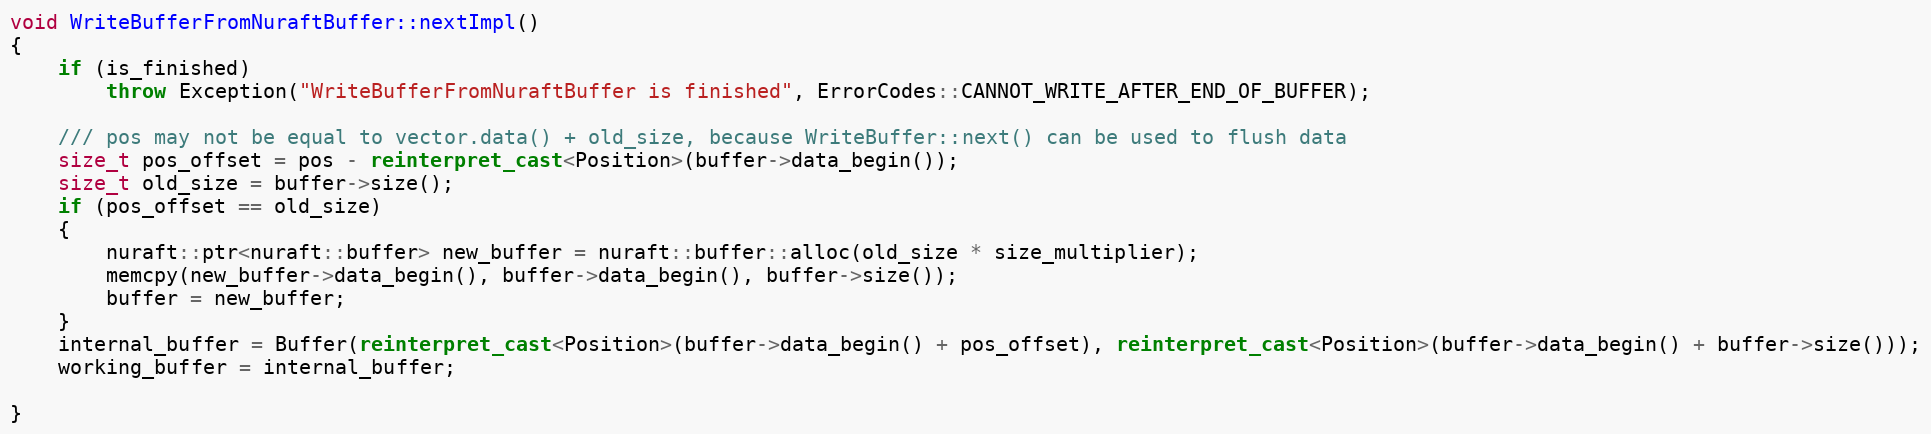
Language: C++
void WriteBufferFromNuraftBuffer::nextImpl()
{
    if (is_finished)
        throw Exception("WriteBufferFromNuraftBuffer is finished", ErrorCodes::CANNOT_WRITE_AFTER_END_OF_BUFFER);

    /// pos may not be equal to vector.data() + old_size, because WriteBuffer::next() can be used to flush data
    size_t pos_offset = pos - reinterpret_cast<Position>(buffer->data_begin());
    size_t old_size = buffer->size();
    if (pos_offset == old_size)
    {
        nuraft::ptr<nuraft::buffer> new_buffer = nuraft::buffer::alloc(old_size * size_multiplier);
        memcpy(new_buffer->data_begin(), buffer->data_begin(), buffer->size());
        buffer = new_buffer;
    }
    internal_buffer = Buffer(reinterpret_cast<Position>(buffer->data_begin() + pos_offset), reinterpret_cast<Position>(buffer->data_begin() + buffer->size()));
    working_buffer = internal_buffer;

}